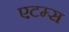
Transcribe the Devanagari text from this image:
एटम्स